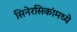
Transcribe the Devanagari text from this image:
सिनेरसिकांमध्ये